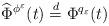
LaTeX: \begin{align*}\widehat \Phi^{\phi^\varepsilon}(t) \overset{ d} {= } \Phi^{q_\varepsilon}(t)\end{align*}